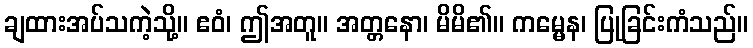
ချထားအပ်သကဲ့သို့။ ဧဝံ၊ ဤအတူ။ အတ္တနော၊ မိမိ၏။ ကမ္မေန၊ ပြုခြင်းကံသည်။